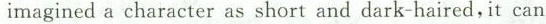
imagineda character as short and dark-haired,it can